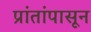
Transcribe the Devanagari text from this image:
प्रांतांपासून